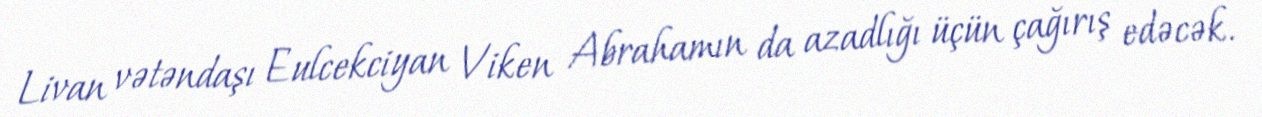
Livan vətəndaşı Eulcekciyan Viken Abrahamın da azadlığı üçün çağırış edəcək.